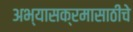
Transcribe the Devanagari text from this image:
अभ्यासक्रमासाठीचे